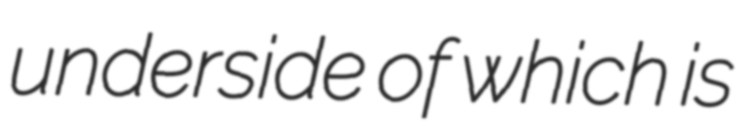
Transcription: underside of which is